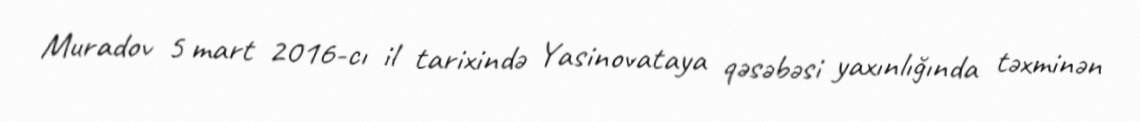
Muradov 5 mart 2016-cı il tarixində Yasinovataya qəsəbəsi yaxınlığında təxminən